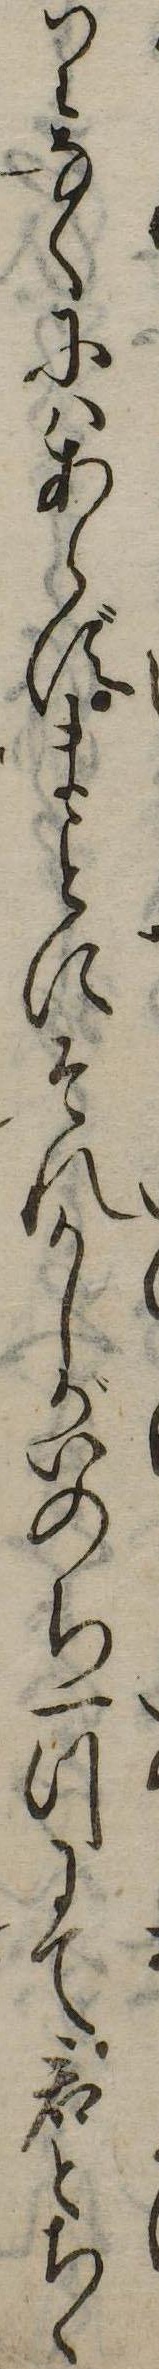
りなくにはあらずまにそれかしがいのち一つにて君とちゝ